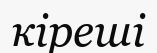
кіреші